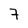
Character: 7